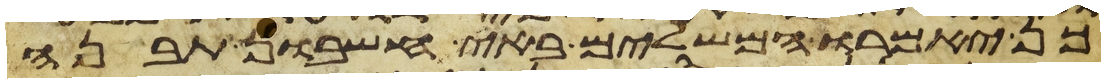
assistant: כן יאמרו המשלים באי חשבון תבנה